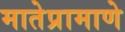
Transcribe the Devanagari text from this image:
मातेप्रामाणे